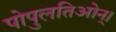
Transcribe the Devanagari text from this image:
पोपुलतिओन्।